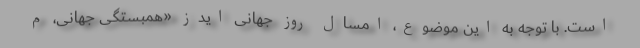
است. با توجه به این موضوع، امسال روز جهانی ایدز «همبستگی جهانی، م